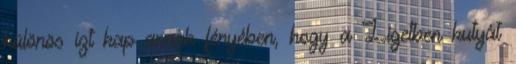
különös ízt kap annak fényében, hogy a Ligetben kutyát